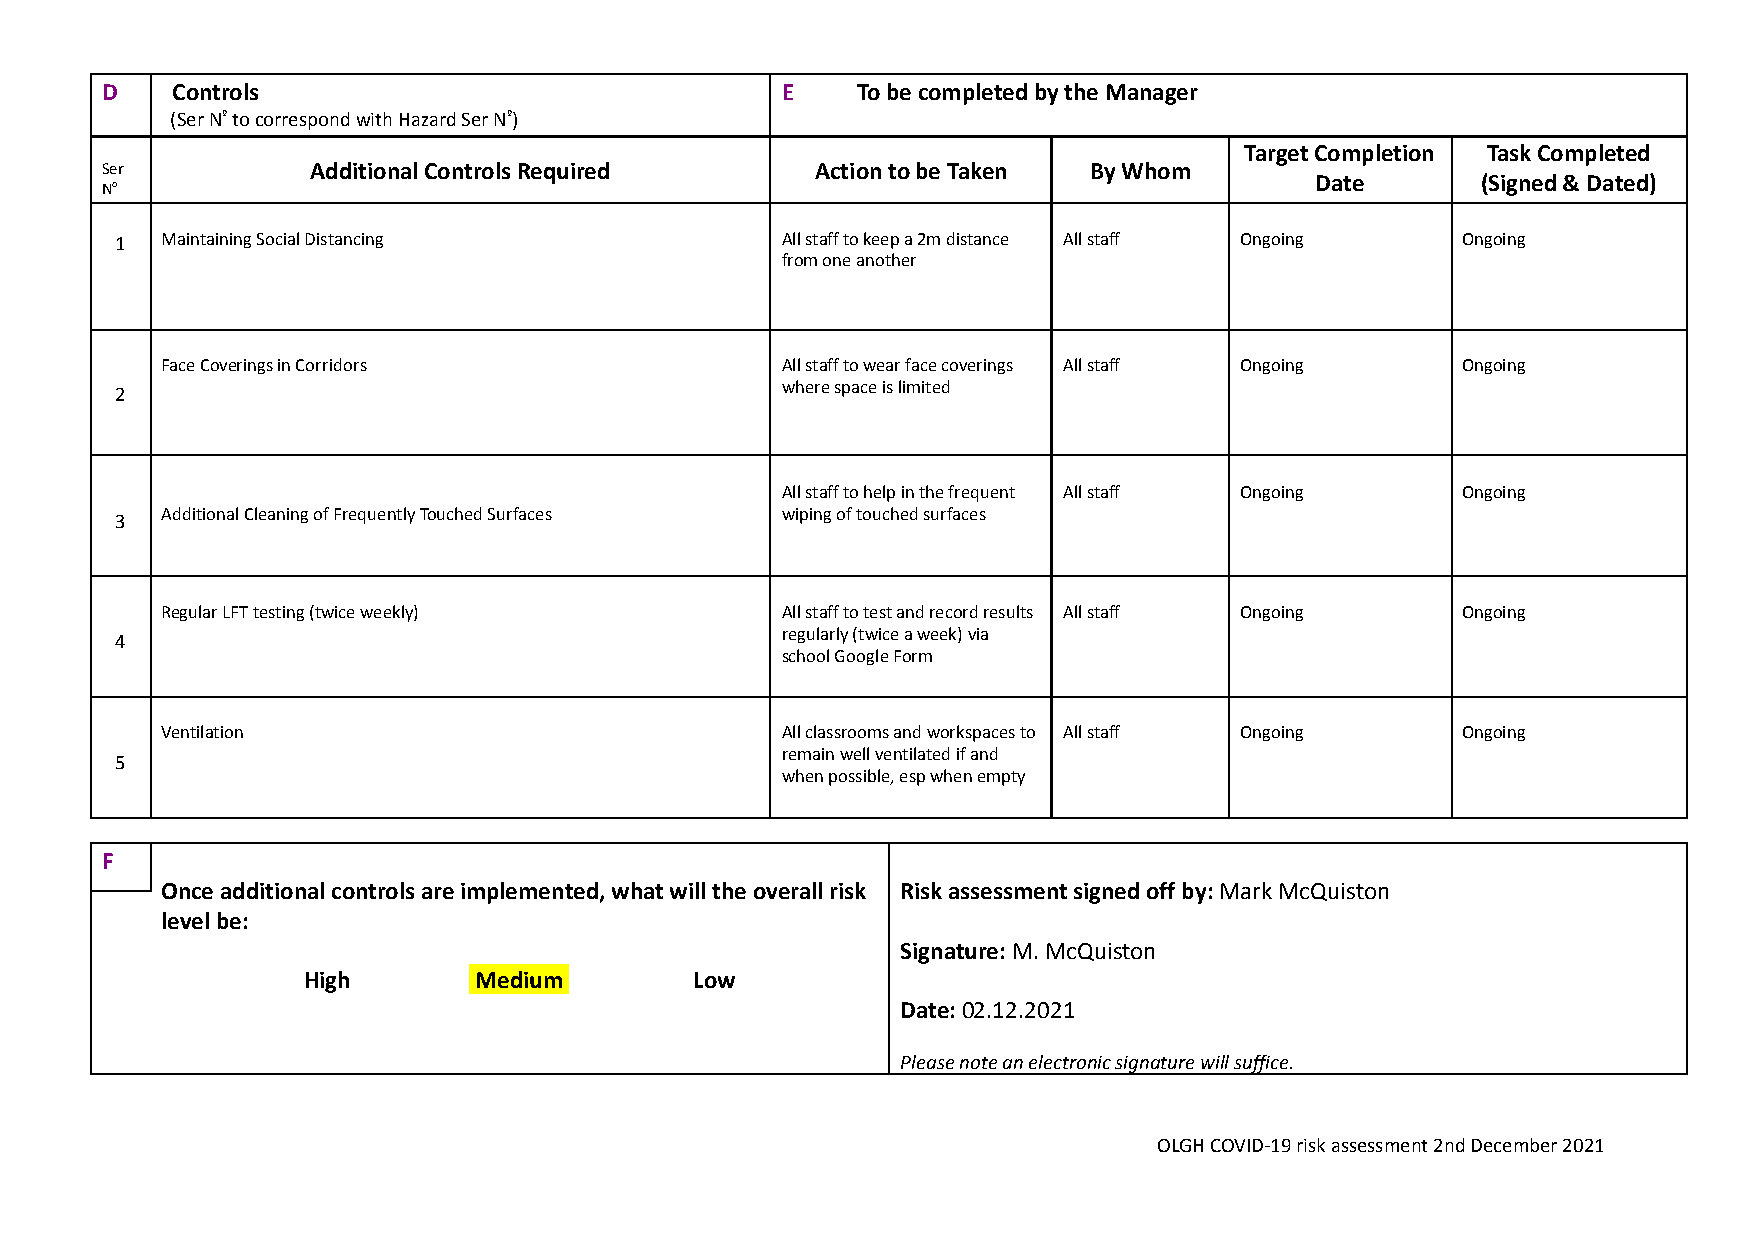
D   Controls                                 E    To be completed by the Manager
 (Ser Nºto correspond with Hazard Ser Nº)
 Target Completion Task Completed
 Ser           Additional Controls Required     Action to be Taken By Whom
 Date       (Signed & Dated)
 No
 1  Maintaining Social Distancing            All staff to keep a 2m distance All staff Ongoing Ongoing
 from one another
 Face Coverings in Corridors              All staff to wear face coverings All staff Ongoing Ongoing
 where space is limited
 2
 All staff to help in the frequent All staff Ongoing Ongoing
 Additional Cleaning of Frequently Touched Surfaces wiping of touched surfaces
 3
 Regular LFT testing (twice weekly)       All staff to test and record results All staff Ongoing Ongoing
 regularly (twice a week) via
 4
 school Google Form
 Ventilation                              All classrooms and workspaces to All staff Ongoing Ongoing
 remain well ventilated if and
 5
 when possible, esp when empty
 F
 Once additional controls are implemented, what will the overall risk Risk assessment signed off by:Mark McQuiston
 level be:
 Signature:M. McQuiston
 High       Medium         Low
 Date:02.12.2021
 Please note an electronic signature will suffice.
 OLGH COVID-19 risk assessment 2nd December 2021